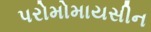
પરોમોમાયસીન